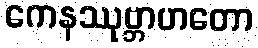
ကေနဿုဗ္ဘာဟတော